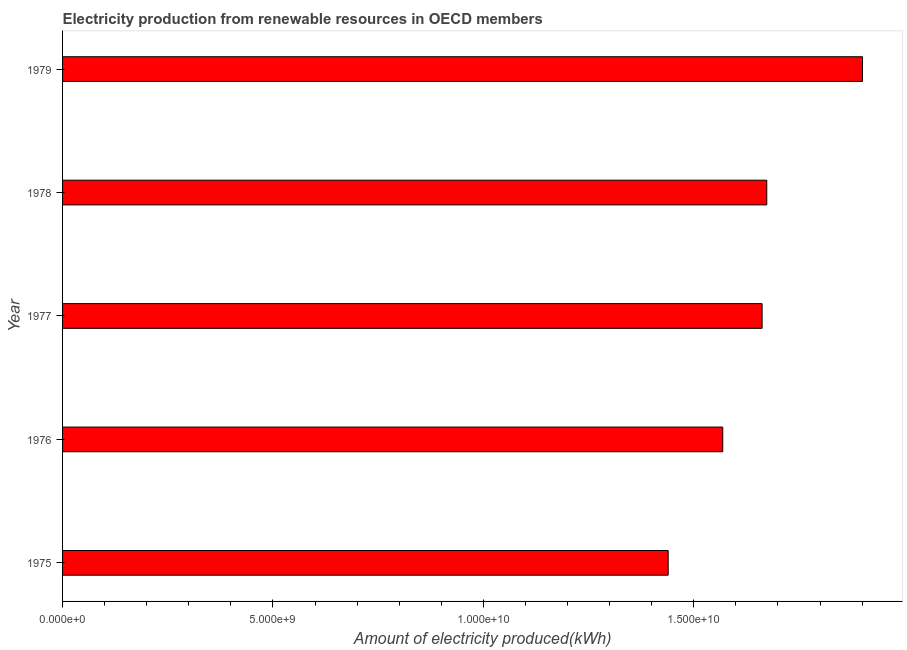
| Year | Electricity production from renewable sources |
 | --- | --- |
 | 1975 | 1.44e+10 |
 | 1976 | 1.57e+10 |
 | 1977 | 1.66e+10 |
 | 1978 | 1.67e+10 |
 | 1979 | 1.9e+10 |